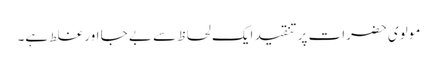
مولوی حضرات پر تنقید ایک لحاظ سے بے جا اور غلط ہے۔